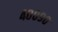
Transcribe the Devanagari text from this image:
४००९०